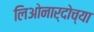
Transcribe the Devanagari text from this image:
लिओनार्दोच्या